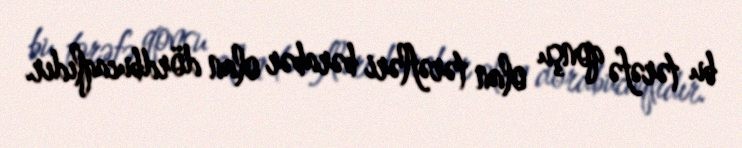
bu tərəfə qonşu olan tərəfləri bərabər olan dördbucaqlıdır.